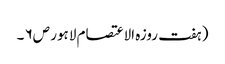
( ہفت روزہ الاعتصام لاہور ص۶ ۔